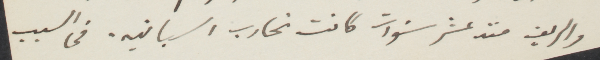
والريف منذ عشر سنوات كانت تحارب اسبانيه. في السبب